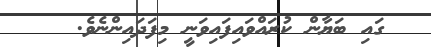
ގައި ބަޔާން ކުރައްވައިފައިވަނީ މިފަދައިންނެވެ.